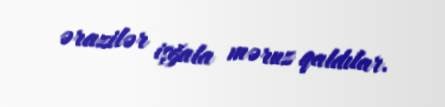
ərazilər işğala məruz qaldılar.